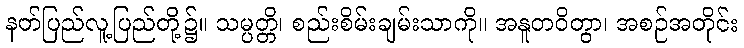
နတ်ပြည်လူ့ပြည်တို့၌။ သမ္ပတ္တိ၊ စည်းစိမ်းချမ်းသာကို။ အနူတဝိတွာ၊ အစဉ်အတိုင်း